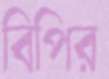
বিপির